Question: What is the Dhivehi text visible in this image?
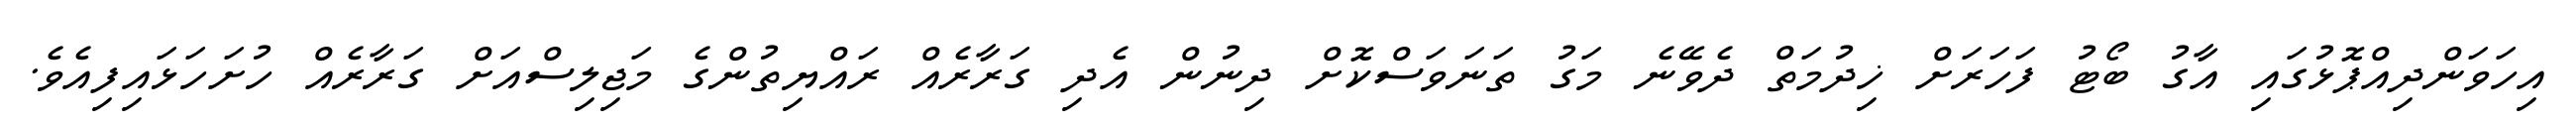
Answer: އިހަވަންދިއްޕޮޅުގައި އާގު ބޯޓު ފަހަރަށް ޚިދުމަތް ދެވޭނެ މަގު ތަނަވަސްކޮށް ދިނުން އެދި ގަރާރެއް ރައްޔިތުންގެ މަޖިލިސްއަށް ގަރާރެއް ހުށަހަޅައިފިއެވެ.